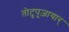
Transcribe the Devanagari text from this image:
तोटुपुज़ायार्